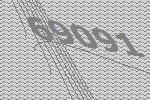
69091